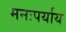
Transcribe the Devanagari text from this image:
मनःपर्याय